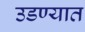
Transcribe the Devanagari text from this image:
उडण्यात